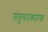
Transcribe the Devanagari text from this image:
संतुलनकारक